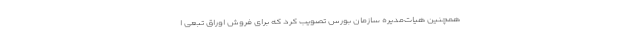
همچنین هیات‌مدیره سازمان بورس تصویب کرد که برای فروش اوراق تبعی ا